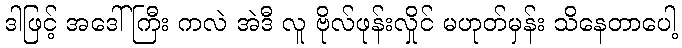
ဒါဖြင့် အဒေါ်ကြီး ကလဲ အဲဒီ လူ ဗိုလ်ဖုန်းလှိုင် မဟုတ်မှန်း သိနေတာပေါ့